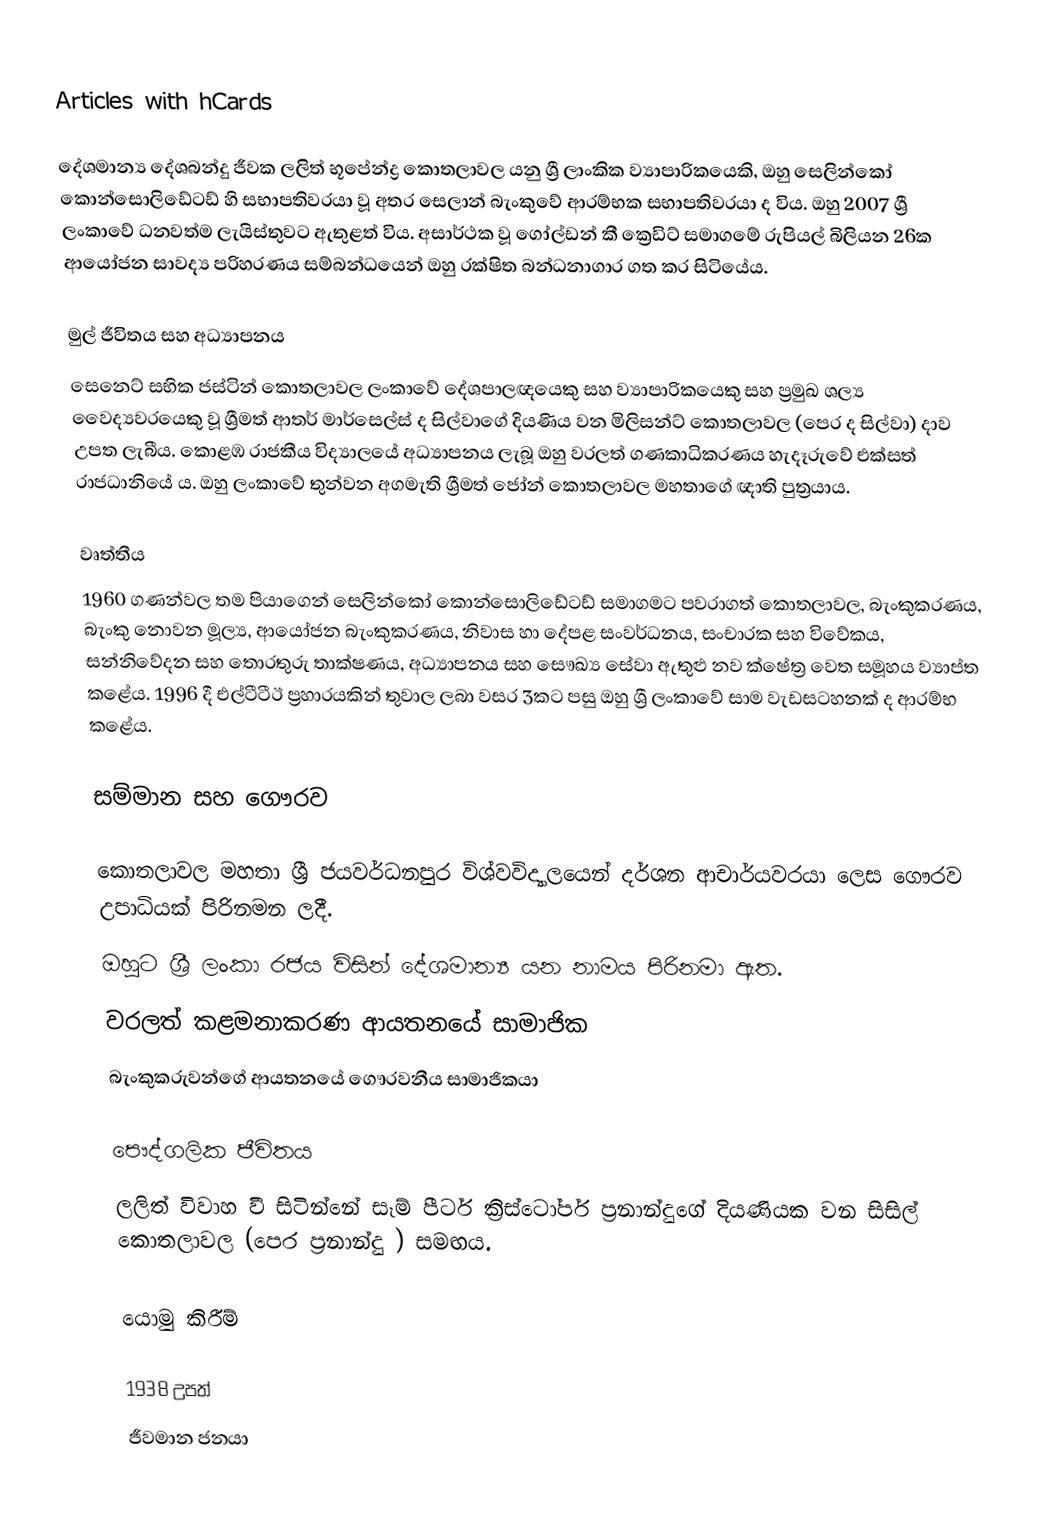
Articles with hCards

දේශමාන්‍ය දේශබන්දු  ජීවක ලලිත් භූපේන්ද්‍ර කොතලාවල යනු ශ්‍රී ලාංකික ව්‍යාපාරිකයෙකි, ඔහු සෙලින්කෝ කොන්සොලිඩේටඩ් හි සභාපතිවරයා වූ අතර සෙලාන් බැංකුවේ ආරම්භක සභාපතිවරයා ද විය.  ඔහු 2007 ශ්‍රී ලංකාවේ ධනවත්ම ලැයිස්තුවට ඇතුළත් විය.  අසාර්ථක වූ ගෝල්ඩන් කී ක්‍රෙඩිට් සමාගමේ රුපියල් බිලියන 26ක ආයෝජන සාවද්‍ය පරිහරණය සම්බන්ධයෙන් ඔහු රක්ෂිත බන්ධනාගාර ගත කර සිටියේය.

මුල් ජීවිතය සහ අධ්‍යාපනය
සෙනෙට් සභික ජස්ටින් කොතලාවල ලංකාවේ දේශපාලඥයෙකු සහ ව්‍යාපාරිකයෙකු සහ ප්‍රමුඛ ශල්‍ය වෛද්‍යවරයෙකු වූ ශ්‍රීමත් ආතර් මාර්සෙල්ස් ද සිල්වාගේ දියණිය වන මිලිසන්ට් කොතලාවල (පෙර ද සිල්වා) දාව උපත ලැබීය. කොළඹ රාජකීය විද්‍යාලයේ අධ්‍යාපනය ලැබූ ඔහු වරලත් ගණකාධිකරණය හැදෑරුවේ එක්සත් රාජධානියේ ය.  ඔහු ලංකාවේ තුන්වන අගමැති ශ්‍රීමත් ජෝන් කොතලාවල මහතාගේ ඥාති පුත්‍රයාය.

වෘත්තීය
1960 ගණන්වල තම පියාගෙන් සෙලින්කෝ කොන්සොලිඩේටඩ් සමාගමට පවරාගත් කොතලාවල, බැංකුකරණය, බැංකු නොවන මූල්‍ය, ආයෝජන බැංකුකරණය, නිවාස හා දේපළ සංවර්ධනය, සංචාරක සහ විවේකය, සන්නිවේදන සහ තොරතුරු තාක්ෂණය, අධ්‍යාපනය සහ සෞඛ්‍ය සේවා ඇතුළු නව ක්ෂේත්‍ර වෙත සමූහය ව්‍යාප්ත කළේය. 1996 දී එල්ටීටීඊ ප්‍රහාරයකින් තුවාල ලබා වසර 3කට පසු ඔහු ශ්‍රී ලංකාවේ සාම වැඩසටහනක් ද ආරම්භ කළේය.

සම්මාන සහ ගෞරව

 කොතලාවල මහතා ශ්‍රී ජයවර්ධනපුර විශ්වවිද්‍යාලයෙන් දර්ශන ආචාර්යවරයා ලෙස ගෞරව උපාධියක් පිරිනමන ලදී.
 ඔහුට ශ්‍රී ලංකා රජය විසින් දේශමාන්‍ය යන නාමය පිරිනමා ඇත.
 වරලත් කළමනාකරණ ආයතනයේ සාමාජික
 බැංකුකරුවන්ගේ ආයතනයේ ගෞරවනීය සාමාජිකයා

පෞද්ගලික ජීවිතය
ලලිත් විවාහ වී සිටින්නේ සෑම් පීටර් ක්‍රිස්ටෝපර් ප්‍රනාන්දුගේ දියණියක වන සිසිල් කොතලාවල (පෙර ප්‍රනාන්දු ) සමඟය.

යොමු කිරීම්

1938 උපත්
ජීවමාන ජනයා